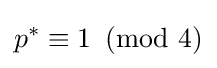
p^{*}\equiv 1\!\!\!{\pmod {4}}